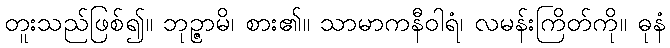
တူးသည်ဖြစ်၍။ ဘုဉ္ဇာမိ၊ စား၏။ သာမာကနီဝါရံ၊ လမန်းကြိတ်ကို။ ဓုနံ